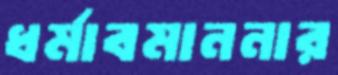
ধর্মাবমাননার